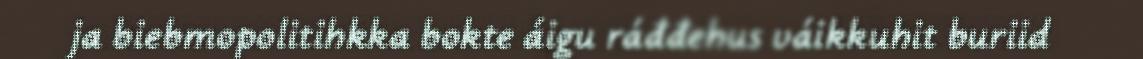
ja biebmopolitihkka bokte áigu ráđđehus váikkuhit buriid